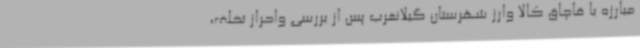
مبارزه با قاچاق کالا وارز شهرستان گیلانغرب پس از بررسی واحراز تخلف،